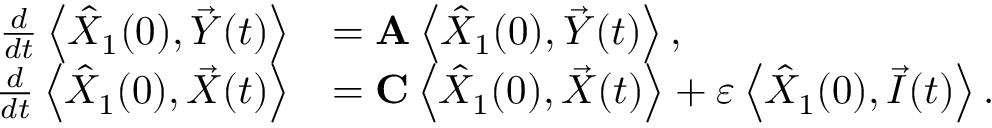
\begin{array} { r l } { \frac { d } { d t } \left\langle \hat { X } _ { 1 } ( 0 ) , \vec { Y } ( t ) \right\rangle } & { = \mathbf { A } \left\langle \hat { X } _ { 1 } ( 0 ) , \vec { Y } ( t ) \right\rangle , } \\ { \frac { d } { d t } \left\langle \hat { X } _ { 1 } ( 0 ) , \vec { X } ( t ) \right\rangle } & { = \mathbf { C } \left\langle \hat { X } _ { 1 } ( 0 ) , \vec { X } ( t ) \right\rangle + \varepsilon \left\langle \hat { X } _ { 1 } ( 0 ) , \vec { I } ( t ) \right\rangle . } \end{array}